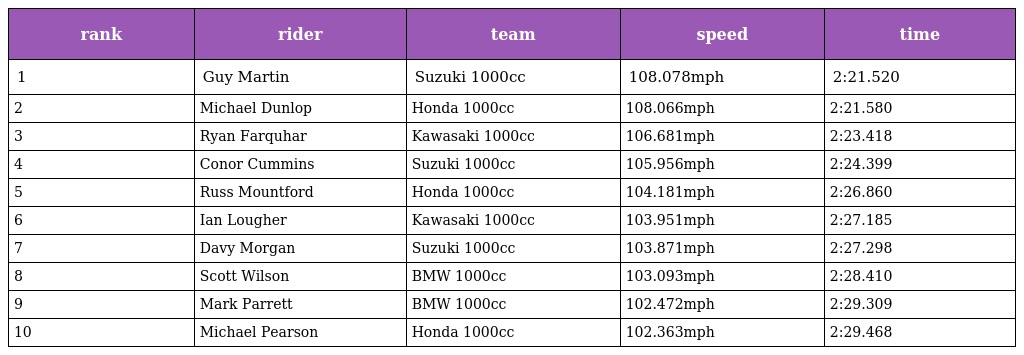
| rank | rider | team | speed | time |
 | --- | --- | --- | --- | --- |
 | 1 | Guy Martin | Suzuki 1000cc | 108.078mph | 2:21.520 |
 | 2 | Michael Dunlop | Honda 1000cc | 108.066mph | 2:21.580 |
 | 3 | Ryan Farquhar | Kawasaki 1000cc | 106.681mph | 2:23.418 |
 | 4 | Conor Cummins | Suzuki 1000cc | 105.956mph | 2:24.399 |
 | 5 | Russ Mountford | Honda 1000cc | 104.181mph | 2:26.860 |
 | 6 | Ian Lougher | Kawasaki 1000cc | 103.951mph | 2:27.185 |
 | 7 | Davy Morgan | Suzuki 1000cc | 103.871mph | 2:27.298 |
 | 8 | Scott Wilson | BMW 1000cc | 103.093mph | 2:28.410 |
 | 9 | Mark Parrett | BMW 1000cc | 102.472mph | 2:29.309 |
 | 10 | Michael Pearson | Honda 1000cc | 102.363mph | 2:29.468 |